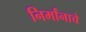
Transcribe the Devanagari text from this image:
निर्मांनाचे